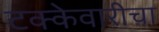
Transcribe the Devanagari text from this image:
टक्केवारीचा